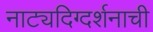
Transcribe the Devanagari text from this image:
नाट्यदिग्दर्शनाची